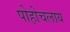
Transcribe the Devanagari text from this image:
पोहोचलाय